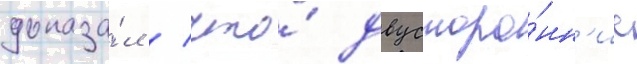
доказа́л / что́ двусторо́нн'ие